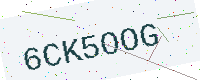
Text: 6CK5OOG